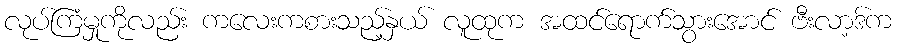
လုပ်ကြံမှုကိုလည်း ကလေးကစားသည့်နှယ် လူထုက အထင်ရောက်သွားအောင် ဗီးလာ့ဒ်က